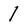
Character: 1